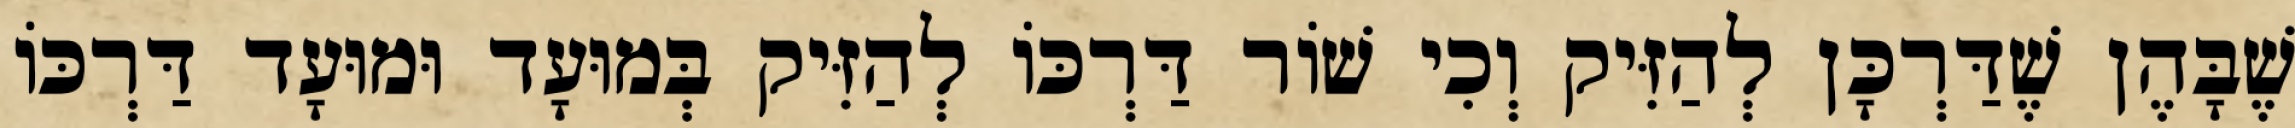
שֶׁבָּהֶן שֶׁדַּרְכָּן לְהַזִּיק וְכִי שׁוֹר דַּרְכּוֹ לְהַזִּיק בְּמוּעָד וּמוּעָד דַּרְכּוֹ